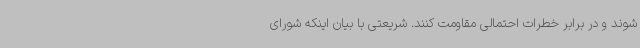
شوند و در برابر خطرات احتمالی مقاومت کنند. شریعتی با بیان اینکه شورای